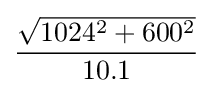
{\frac {\sqrt {1024^{2}+600^{2}}}{10.1}}